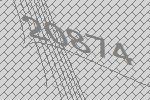
20874